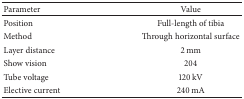
| Parameter | Value |
 | --- | --- |
 | Position | Full-length of tibia |
 | Method | Through horizontal surface |
 | Layer distance | 2 mm |
 | Show vision | 204 |
 | Tube voltage | 120 kV |
 | Elective current | 240 mA |